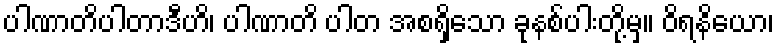
ပါဏာတိပါတာဒီဟိ၊ ပါဏာတိ ပါတ အစရှိသော ခုနစ်ပါးတို့မှ။ ဝိရနိယော၊